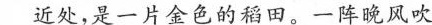
近处，是一片金色的稻田。-阵晚风吹